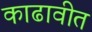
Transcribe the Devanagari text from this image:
काढावीत